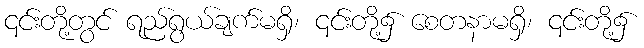
၎င်းတို့တွင် ရည်ရွယ်ချက်မရှိ၊ ၎င်းတို့၌ စေတနာမရှိ၊ ၎င်းတို့၌